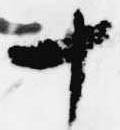
十